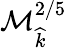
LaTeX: \mathcal{M}_{\widehat{k}}^{2/5}